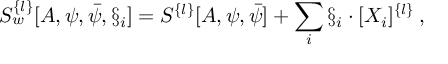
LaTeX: S _ { w } ^ { \{ l \} } [ A , \psi , \bar { \psi } , \S _ { i } ] = S ^ { \{ l \} } [ A , \psi , \bar { \psi } ] + \sum _ { i } \S _ { i } \cdot [ X _ { i } ] ^ { \{ l \} } \: ,